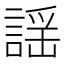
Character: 謡